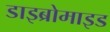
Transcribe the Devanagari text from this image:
डाइब्रोमाइड